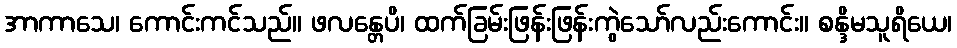
အာကာသေ၊ ကောင်းကင်သည်။ ဖလန္တေပိ၊ ထက်ခြမ်းဖြန်းဖြန်းကွဲသော်လည်းကောင်း။ စန္ဒိမသူရိယေ၊